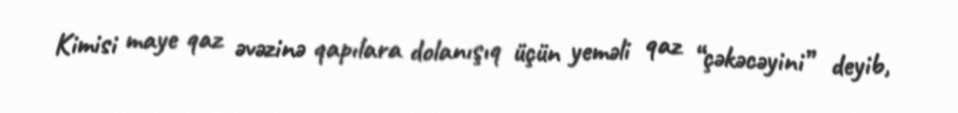
Kimisi maye qaz əvəzinə qapılara dolanışıq üçün yeməli qaz “çəkəcəyini” deyib,